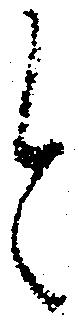
と